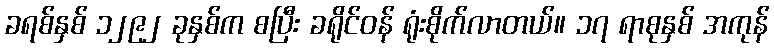
ခရစ်နှစ် ၁၂၉၂ ခုနှစ်က စပြီး ခရိုင်ဝန် ရုံးစိုက်လာတယ်။ ၁၇ ရာစုနှစ် အကုန်